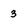
Character: 3